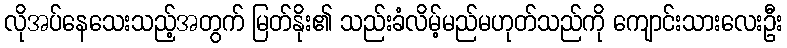
လိုအပ်နေသေးသည့်အတွက် မြတ်နိုး၏ သည်းခံလိမ့်မည်မဟုတ်သည်ကို ကျောင်းသားလေးဦး